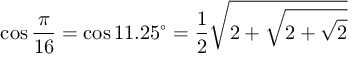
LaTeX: \cos { \frac { \pi } { 1 6 } } = \cos 1 1 . 2 5 ^ { \circ } = { \frac { 1 } { 2 } } { \sqrt { 2 + { \sqrt { 2 + { \sqrt { 2 } } } } } }